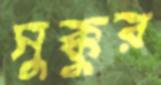
সুক্কুর